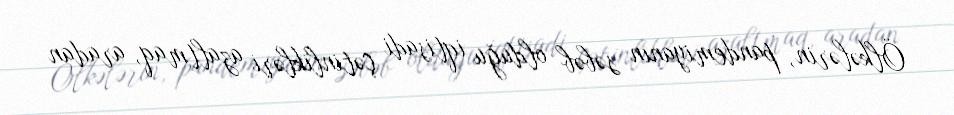
Ölkələrin, pandemiyanın səbəb olduğu iqtisadi çətinlikləri azaltmaq, aradan